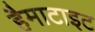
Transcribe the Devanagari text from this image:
हैमाटाइट